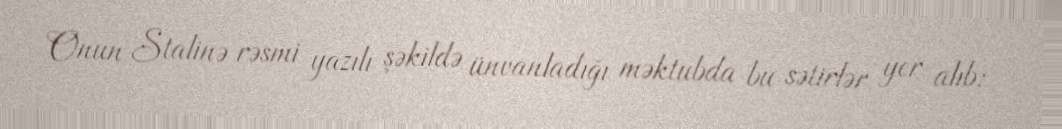
Onun Stalinə rəsmi yazılı şəkildə ünvanladığı məktubda bu sətirlər yer alıb: